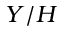
Y / H